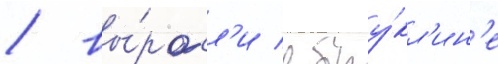
/ вы́росл'и в бру́кл'ин'е